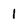
Character: 1